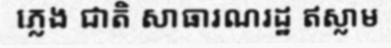
ភ្លេង ជាតិ សាធារណរដ្ឋ ឥស្លាម